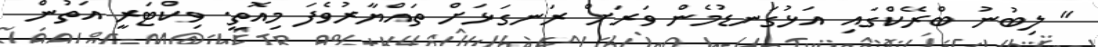
" ލިބުނު ބްރޭކްގައި އަޅުގަނޑުމެން ވަރަށް ރަނގަޅަށް ތައްޔާރުވެފަ މިއޮތީ. ވިކްޓަރީ އަތުން